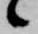
候